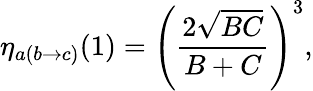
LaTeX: \eta_{a(b\rightarrow c)}(1)=\left({\frac{2\sqrt{BC}}{B+C}}\right)^{3},